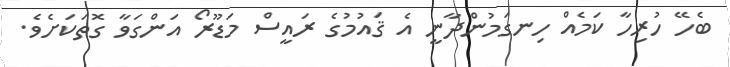
ބެހޭ ހުރިހާ ކަމެއް ހިނގަމުންދާނީ އެ ޤައުމުގެ ރައީސް މަޑޫރޯ އަންގަވާ ގޮތަކަށެވެ.